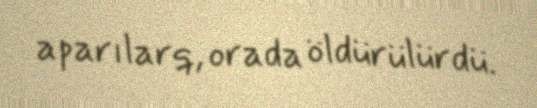
aparılarq, orada öldürülürdü.